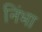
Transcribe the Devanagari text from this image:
निंभा